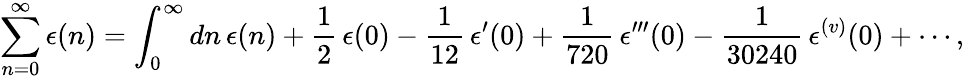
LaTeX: \sum_{n=0}^{\infty}\epsilon(n)=\int_{0}^{\infty}{dn}\, \epsilon(n)+{\frac{1}{2}}\, \epsilon(0)-{\frac{1}{12}}\, \epsilon^{\prime}(0)+{\frac{1}{720}}\, \epsilon^{\prime\prime\prime}(0)-{\frac{1}{30240}}\, \epsilon^{(v)}(0)+\cdots,